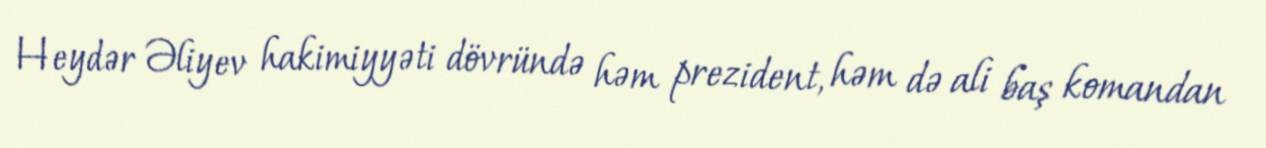
Heydər Əliyev hakimiyyəti dövründə həm prezident, həm də ali baş komandan